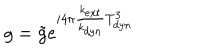
g = \tilde { g } e ^ { i 4 \pi { \frac { k _ { e x t } } { k _ { d y n } } } T _ { d y n } ^ { 3 } }